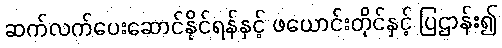
ဆက်လက်ပေးဆောင်နိုင်ရန်နှင့် ဖယောင်းတိုင်နှင့် ပြဌာန်း၍